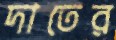
দাতের